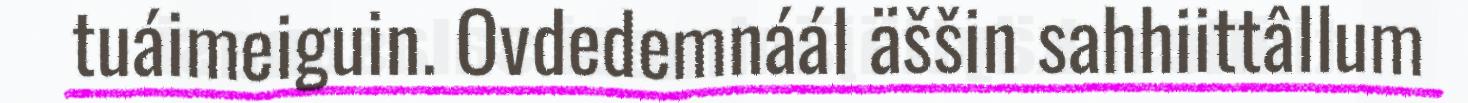
tuáimeiguin. Ovdedemnáál äššin sahhiittâllum